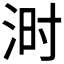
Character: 𪶄